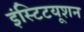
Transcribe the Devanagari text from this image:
इंस्टिटयूशन